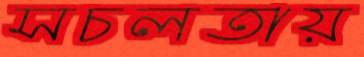
সচলতায়